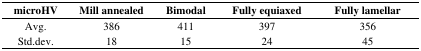
| microHV | Mill annealed | Bimodal | Fully equiaxed | Fully lamellar |
 | --- | --- | --- | --- | --- |
 | Avg. | 386 | 411 | 397 | 356 |
 | Std.dev. | 18 | 15 | 24 | 45 |